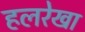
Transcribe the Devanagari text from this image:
हलरेखा